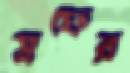
স্রফের